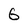
Character: 6